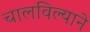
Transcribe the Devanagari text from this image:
चालविल्याने